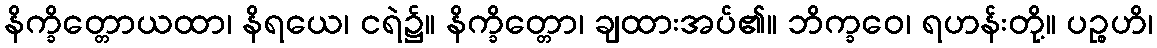
နိက္ခိတ္တောယထာ၊ နိရယေ၊ ငရဲ၌။ နိက္ခိတ္တော၊ ချထားအပ်၏။ ဘိက္ခဝေ၊ ရဟန်းတို့။ ပဉ္စဟိ၊